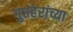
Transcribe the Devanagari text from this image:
गुप्तहेरांच्या